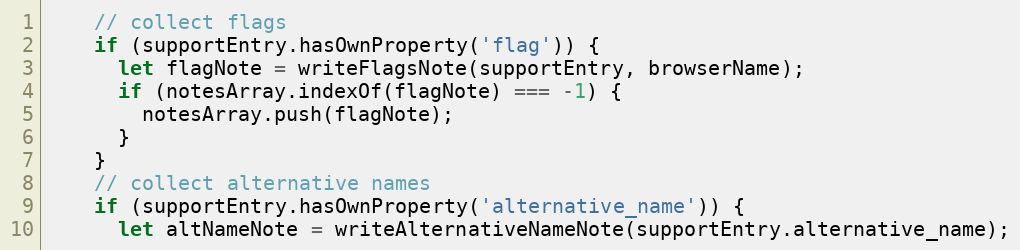
Language: JavaScript
    // collect flags
    if (supportEntry.hasOwnProperty('flag')) {
      let flagNote = writeFlagsNote(supportEntry, browserName);
      if (notesArray.indexOf(flagNote) === -1) {
        notesArray.push(flagNote);
      }
    }
    // collect alternative names
    if (supportEntry.hasOwnProperty('alternative_name')) {
      let altNameNote = writeAlternativeNameNote(supportEntry.alternative_name);